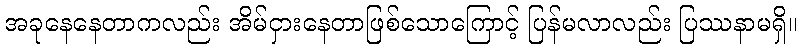
အခုနေနေတာကလည်း အိမ်ငှားနေတာဖြစ်သောကြောင့် ပြန်မလာလည်း ပြဿနာမရှိ။